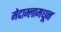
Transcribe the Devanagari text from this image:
मेदाम्लामधून